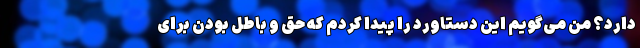
دارد؟ من می‌گویم این دستاورد را پیدا کردم که حق و باطل بودن برای